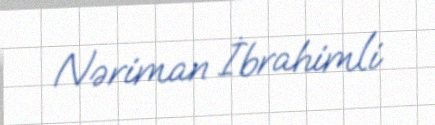
Nəriman İbrahimli